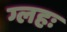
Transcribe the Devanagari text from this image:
ग्लहः